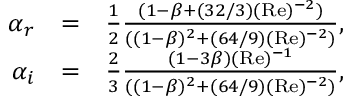
\begin{array} { r l r } { \alpha _ { r } } & { = } & { \frac { 1 } { 2 } \frac { ( 1 - \beta + ( 3 2 / 3 ) ( \mathrm { R e } ) ^ { - 2 } ) } { ( ( 1 - \beta ) ^ { 2 } + ( 6 4 / 9 ) ( \mathrm { R e } ) ^ { - 2 } ) } , } \\ { \alpha _ { i } } & { = } & { \frac { 2 } { 3 } \frac { ( 1 - 3 \beta ) ( \mathrm { R e } ) ^ { - 1 } } { ( ( 1 - \beta ) ^ { 2 } + ( 6 4 / 9 ) ( \mathrm { R e } ) ^ { - 2 } ) } , } \end{array}